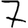
Digit: 7